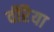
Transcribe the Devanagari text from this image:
वीरैया